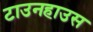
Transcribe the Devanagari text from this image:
टाउनहाउस